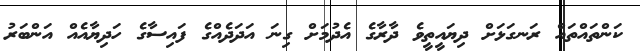
ކަންތައްތައް ރަނގަޅަށް ދިޔައީތީވެ ދާރާގެ އެދުމަށް ގިނަ އަދަދެއްގެ ފައިސާގެ ހަދިޔާއެއް އަންބަރު